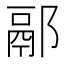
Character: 䣓